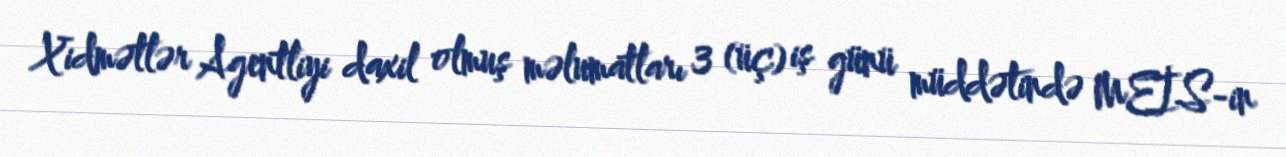
Xidmətlər Agentliyi daxil olmuş məlumatları 3 (üç) iş günü müddətində MEİS-in